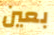
بعين